Annual report of the Punjab Veterinary College and of the Civil Veterinary Department, Punjab - 1926-1932
Year: 1926
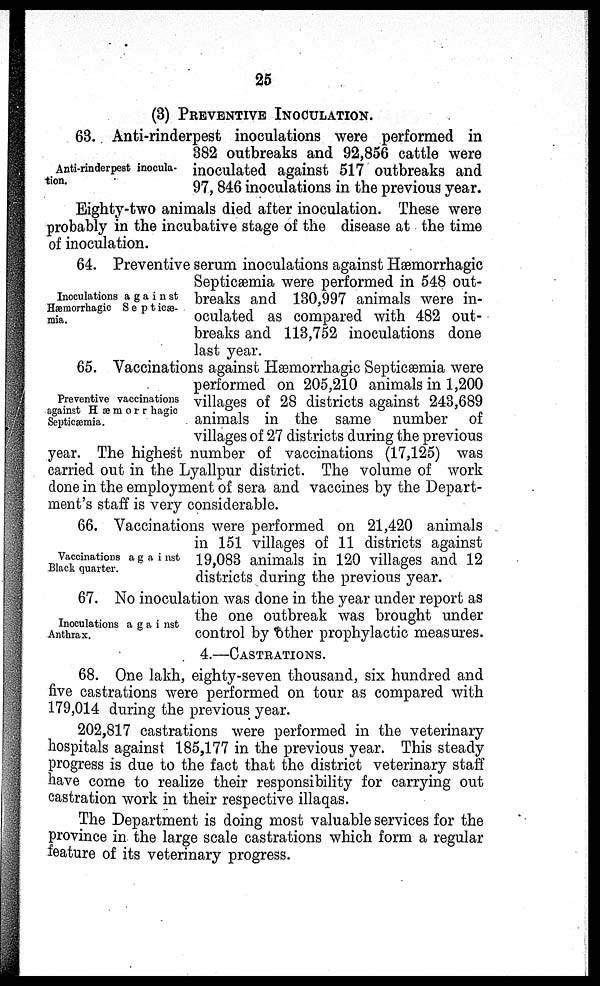
25
(3) PREVENTIVE INOCULATION.
Anti-rinderpest inocula-
tion.
63. Anti-rinderpest inoculations were performed in
382 outbreaks and 92,856 cattle were
inoculated against 517 outbreaks and
97, 846 inoculations in the previous year.
Eighty-two animals died after inoculation. These were
probably in the incubative stage of the disease at the time
of inoculation.
Inoculations against
Hæmorrhagic Septicæ-
mia.
64. Preventive serum inoculations against Hæmorrhagic
Septicæmia were performed in 548 out-
breaks and 130,997 animals were in-
oculated as compared with 482 out-
breaks and 113,752 inoculations done
last year.
Preventive vaccinations
against Hæmorrhagic
Septicæmia.
65. Vaccinations against Hæmorrhagic Septicæmia were
performed on 205,210 animals in 1,200
villages of 28 districts against 243,689
animals in the same number of
villages of 27 districts during the previous
year. The highest number of vaccinations (17,125) was
carried out in the Lyallpur district. The volume of work
done in the employment of sera and vaccines by the Depart-
ment's staff is very considerable.
Vaccinations against
Black quarter.
66. Vaccinations were performed on 21,420 animals
in 151 villages of 11 districts against
19,083 animals in 120 villages and 12
districts during the previous year.
Inoculations against
Anthrax.
67. No inoculation was done in the year under report as
the one outbreak was brought under
control by other prophylactic measures.
4.—CASTRATIONS.
68. One lakh, eighty-seven thousand, six hundred and
five castrations were performed on tour as compared with
179,014 during the previous year.
202,817 castrations were performed in the veterinary
hospitals against 185,177 in the previous year. This steady
progress is due to the fact that the district veterinary staff
have come to realize their responsibility for carrying out
castration work in their respective illaqas.
The Department is doing most valuable services for the
province in the large scale castrations which form a regular
feature of its veterinary progress.